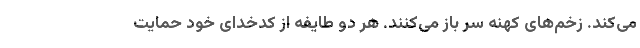
می‌کند. زخم‌های کهنه سر باز می‌کنند. هر دو طایفه از کدخدای خود حمایت